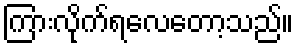
ကြားလိုက်ရလေတော့သည်။